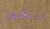
نعم